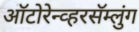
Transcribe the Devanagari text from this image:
ऑटोरेन्व्हरसॅम्लुंग